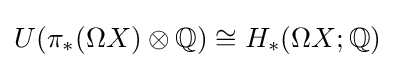
U(\pi _{\ast }(\Omega X)\otimes \mathbb {Q} )\cong H_{\ast }(\Omega X;\mathbb {Q} )